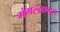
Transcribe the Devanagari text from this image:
मंगल्यागरु